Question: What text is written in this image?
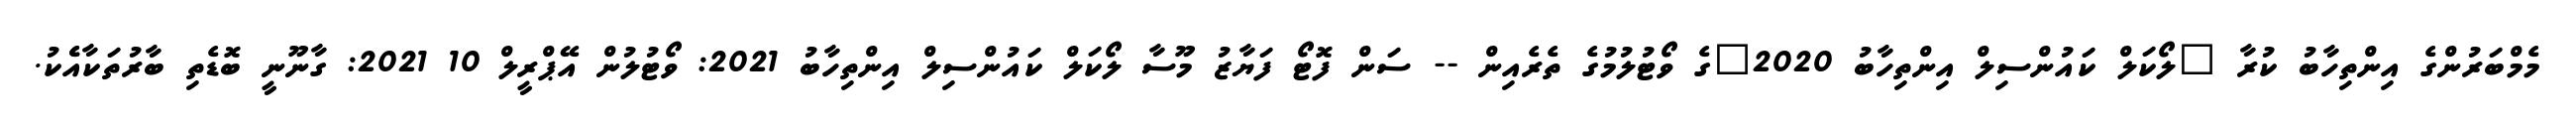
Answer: މެމްބަރުންގެ އިންތިހާބު ކުރާ "ލޯކަލް ކައުންސިލް އިންތިހާބު 2020"ގެ ވޯޓުލުމުގެ ތެރެއިން -- ސަން ފޮޓޯ ފަޔާޒު މޫސާ ލޯކަލް ކައުންސިލް އިންތިހާބު 2021: ވޯޓުލުން އޭޕްރީލް 10 2021: ގާނޫނީ ބޮޑެތި ބާރުތަކާއެެކު.